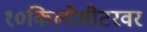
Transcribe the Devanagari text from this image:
१०किलोमीटरवर